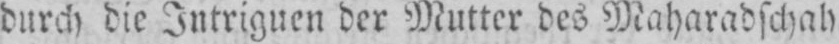
durch die Intriguen der Mutter des Maharadschah